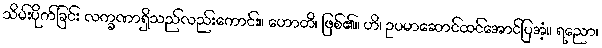
သိမ်းပိုက်ခြင်း လက္ခဏာရှိသည်လည်းကောင်း။ ဟောတိ၊ ဖြစ်၏။ ဟိ၊ ဥပမာဆောင်ထင်အောင်ပြအံ့။ ရညော၊